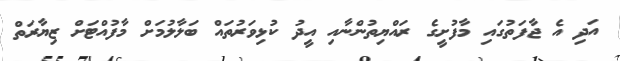
އަދި އެ ޖާފަތުގައި މާފުށީގެ ރައްޔިތުންނާއި އީދު ކުޅިވަރުތައް ބަލާލުމަށް މާފުއްޓަށް ޒިޔާރަތް